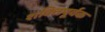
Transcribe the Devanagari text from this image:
शक्‍तिपूर्वक